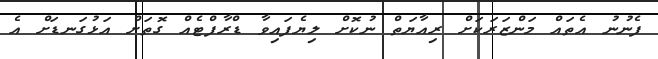
ފެނުނު އެތައް މަންޒަރަކަށް ރިއާޔަތް ނުކޮށް ލިޔެފައިވާ ޑްރާފްޓެއް ގޮތަށް އަޅުގަނޑަށް އެ